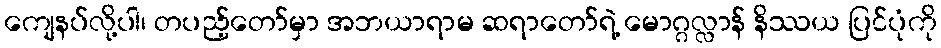
ကျေနပ်လို့ပါ၊ တပည့်တော်မှာ အဘယာရာမ ဆရာတော်ရဲ့ မောဂ္ဂလ္လာန် နိဿယ ပြင်ပုံကို